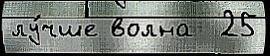
лу́чше волна  25